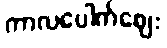
ကာလပေါက်ဈေး